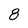
Character: 8